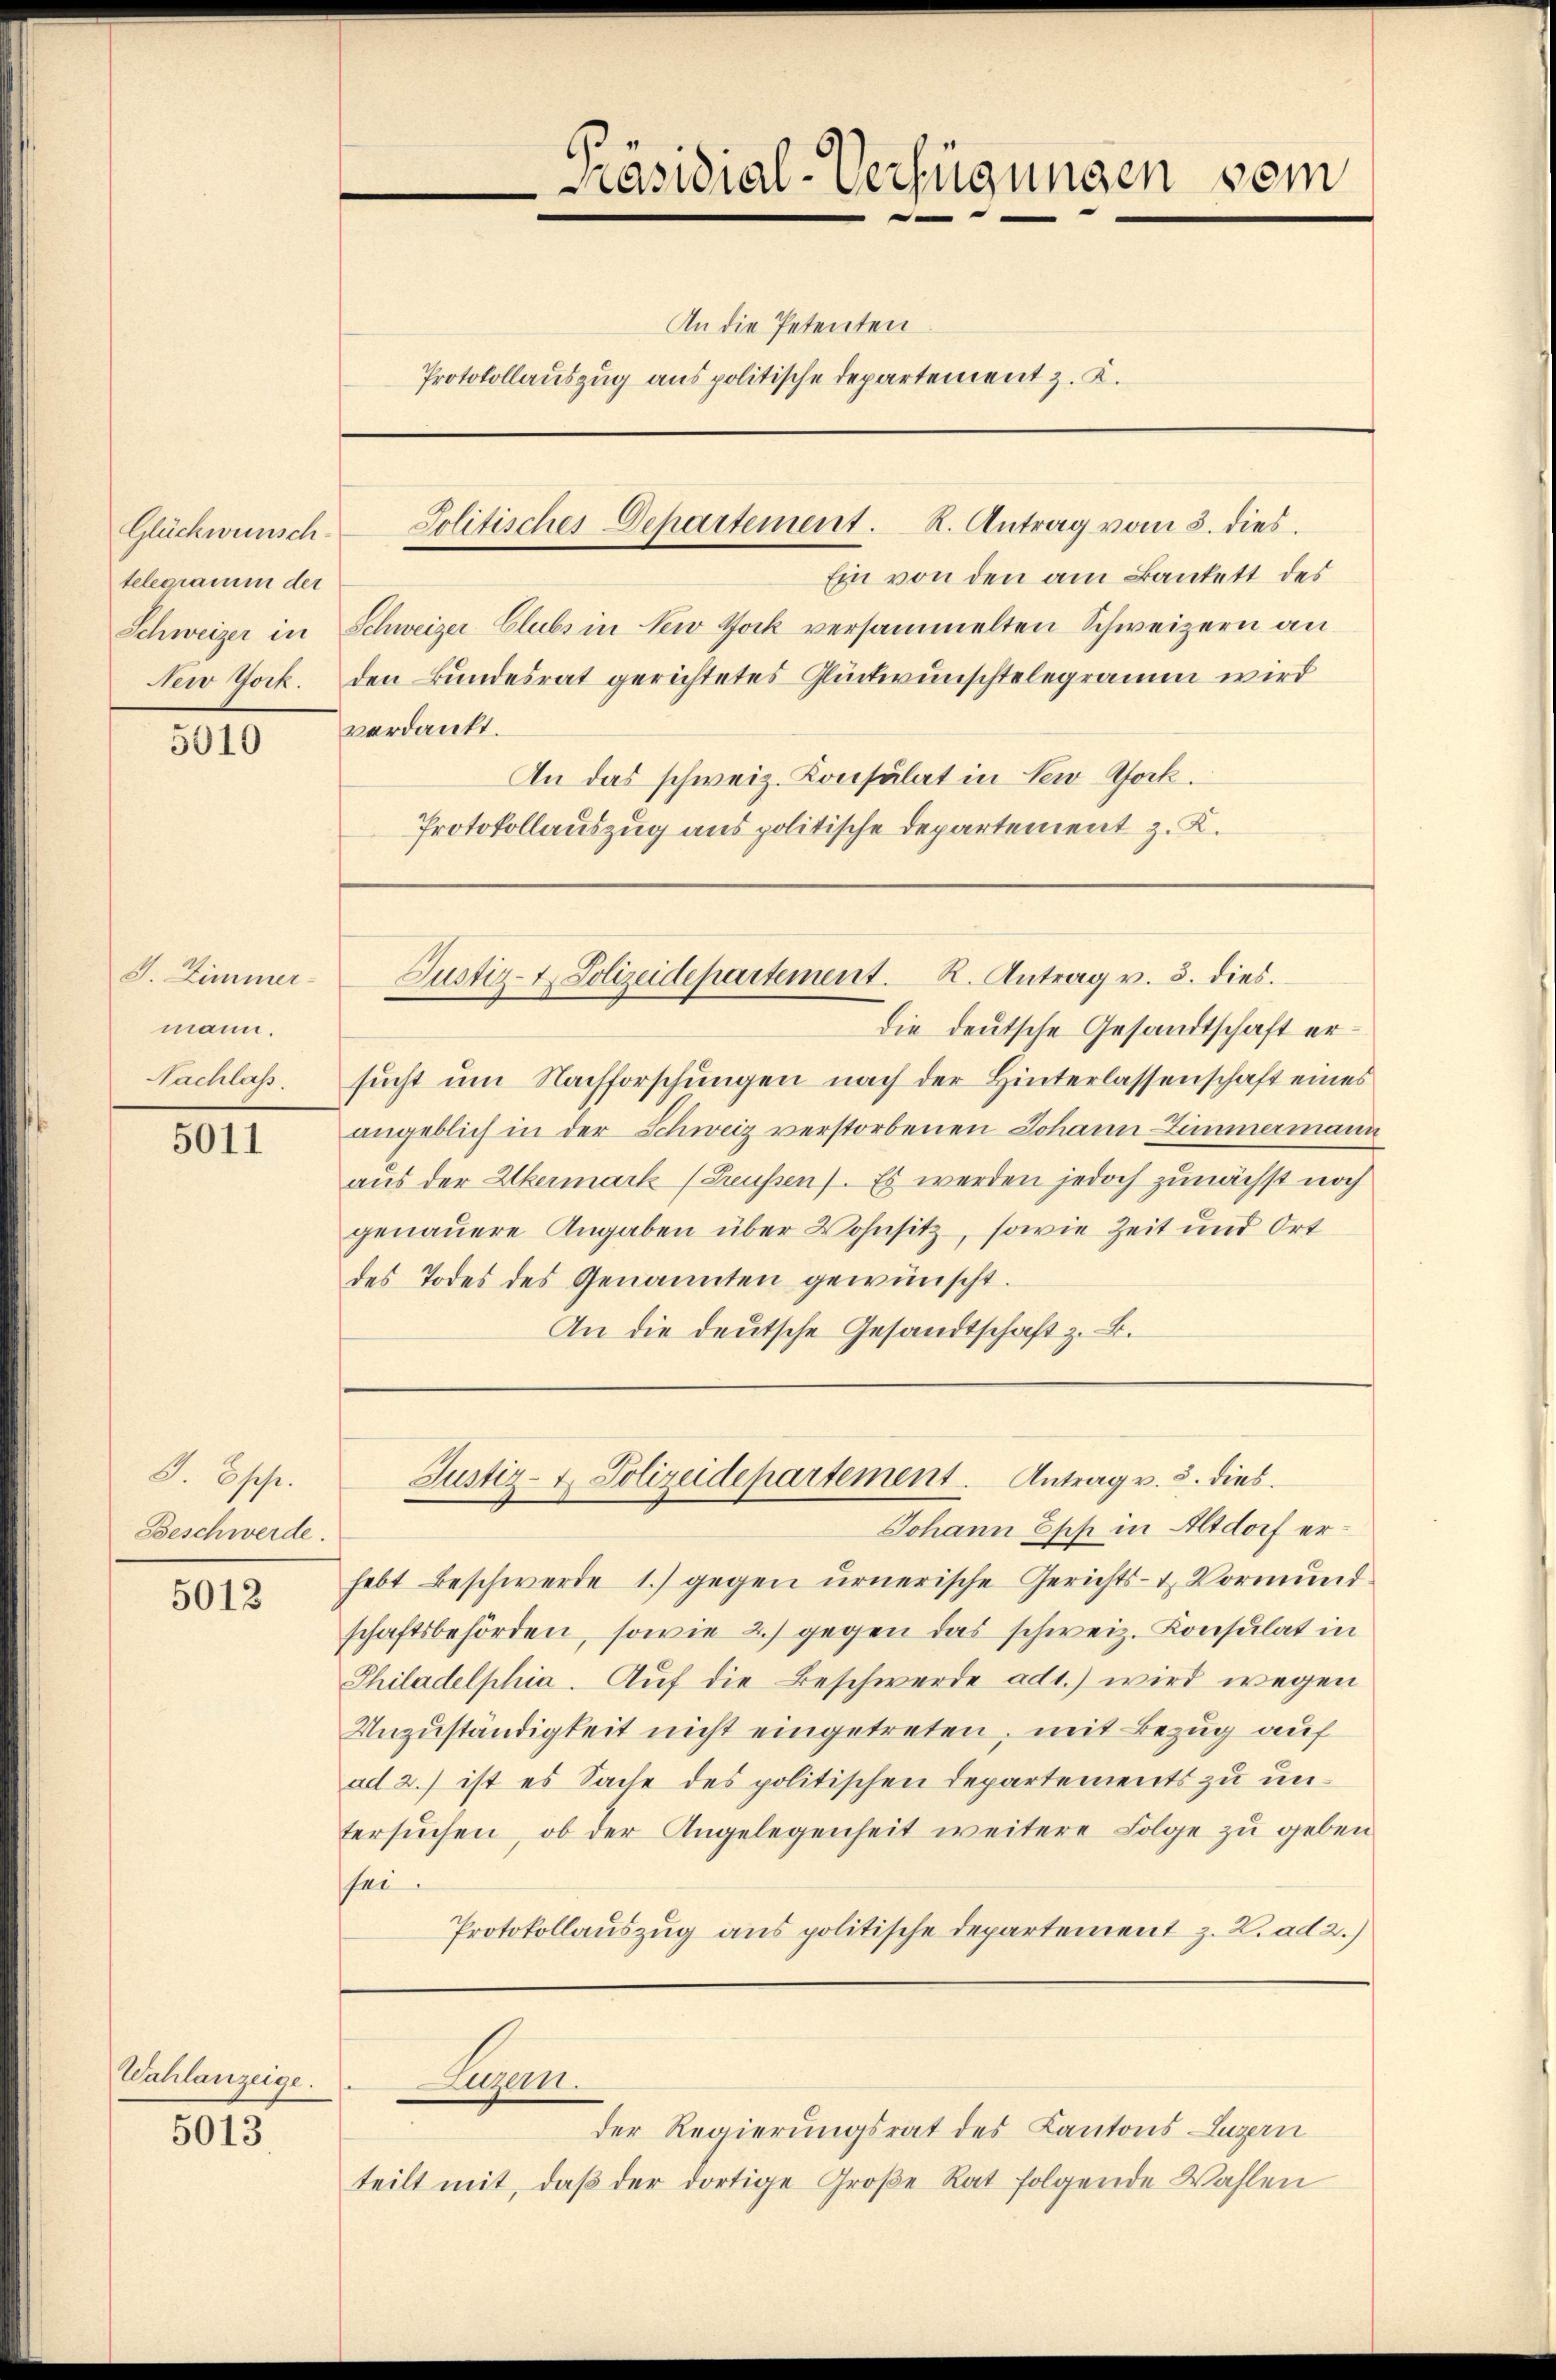
Glückwünsch
telegramm der

5010

J. Zimmer-
mann.
Sacklas.

5011

D. Schaft.
Beschwerde.

5012

Wahlanzeige.

5013

An die Petenten.
Protokollauszug aus politische Departement z. K.

Ein von den am Bankett des
Schweizer in Schweizer Clubs in New York versammelten Schweizern an
New Jock. den Bundesrat gerichtetes Glückwünschtelegramm wird
verdankt.
An das schweiz. Konsulat in New Rock.
Protokollauszug aus politische Departement z. K.

Präsidial-Verfügungen sein
e

Jolitisches Departement. R. Antrag vom 3. dies

Justiz- & Polizeidepartement. R. Antrag v. 3. dies

Die deutsche Gesandtschaft ersucht um Nachforschungen nach der Hinterlassenschaft eines
angeblich in der Schweiz verstorbenen Johann Zimmermann
aus der Ukermark (Greußen). Es werden jedoch zunächst noch
genauere Angaben über Wohnsitz, sowie Zeit und Ort
des Todes des Genannten gewünscht.
An die deutsche Gesandtschaft z. B.

Johann Esch in Altdorf erhebt Beschwerde 1.) gegen urnerische Gerichts- & Vormundschaftsbehörden, sowie 2.) gegen das schweiz. Konsulat in
Philadelphia. Auf die Beschwerde ad1.) wird wegen
Unzuständigkeit nicht eingetreten, mit Bezug auf
ad 2.) ist es Sache des politischen Departements zu untersŭchen, ob der Angelegenheit weitere Folge zŭ geben
sei.
Protokollauszug aus politische Departement z. B. ad 2.)

Justiz- & Polizeidepartement. Antrag v. 5. dies

Augen.

Der Regierungsrat des Kantons Luzern
teilt mit, daβ der dortige Große Rat folgende Wahlen